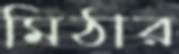
মিঠার